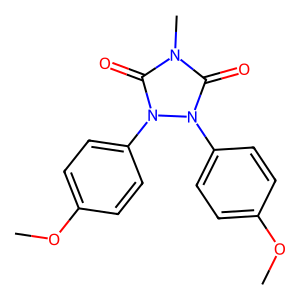
SMILES: COc1ccc(-n2c(=O)n(C)c(=O)n2-c2ccc(OC)cc2)cc1
Inhibits HIV replication: No